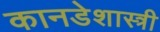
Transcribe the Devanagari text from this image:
कानडेशास्त्री